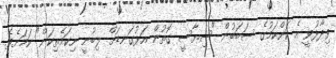
ވިދާޅުވީ އެ ކަންކަމުގެ ސަބަބުން "ސިޔާސީ ގޮތުން އަޅުގަނޑަށް ލިބުނީ ނިކަމެތިކަން" ކަމަށެވެ.